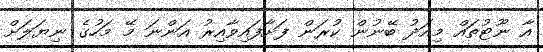
އާ ނޫޓުތައް މިއަދު ބޭނުން ކުރަން ފަށާފައިވާއިރު އަންނަ މޭ މަހުގެ ނިޔަލަށް